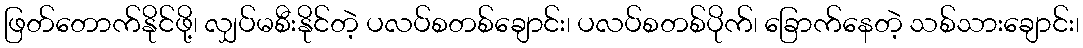
ဖြတ်တောက်နိုင်ဖို့၊ လျှပ်မစီးနိုင်တဲ့ ပလပ်စတစ်ချောင်း၊ ပလပ်စတစ်ပိုက်၊ ခြောက်နေတဲ့ သစ်သားချောင်း၊